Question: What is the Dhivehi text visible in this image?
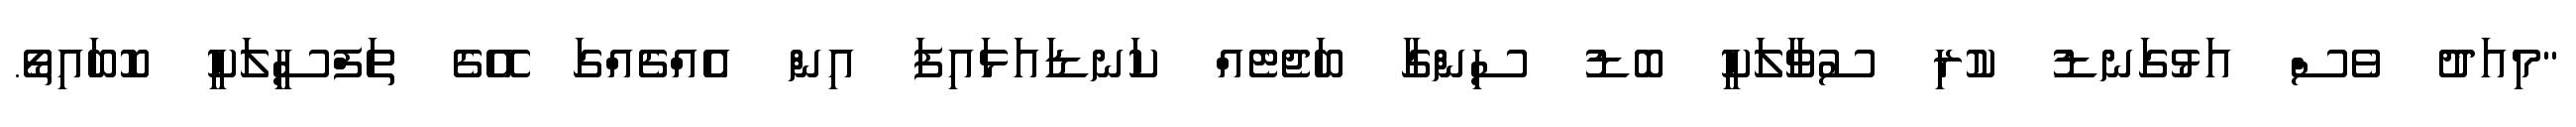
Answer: "މިއަދު ވެސް އަޅުގަނޑު ކުރި ސުވާލަކީ ބޮޑު ސިންގާ ބަޖެޓެއް ކަނޑައަޅައިފަ އިން އެއްޗެއްގަ އޭގެ ތަފްސީލަކީ ކޮބައިތޯ.